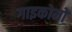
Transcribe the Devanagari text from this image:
गाइकोमो